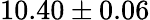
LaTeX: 10.40\pm 0.06